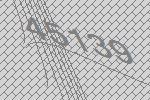
45139